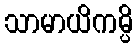
သာမာယိကမ္ပိ